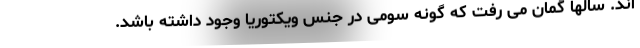
اند. سالها گمان می رفت که گونه سومی در جنس ویکتوریا وجود داشته باشد.